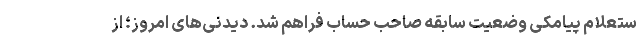
ستعلام پیامکی وضعیت سابقه صاحب حساب فراهم شد. دیدنی‌های امروز؛ از